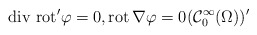
\begin{align*}\mathrm{div}\, \, \mathrm{rot}' \varphi = 0, \mathrm{rot} \, \nabla \varphi = 0 (\mathcal{C}_{0}^{\infty}(\Omega))' \end{align*}